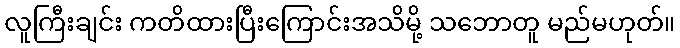
လူကြီးချင်း ကတိထားပြီးကြောင်းအသိမို့ သဘောတူ မည်မဟုတ်။